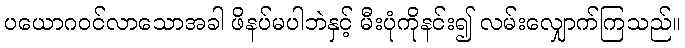
ပယောဂဝင်လာသောအခါ ဖိနပ်မပါဘဲနှင့် မီးပုံကိုနင်း၍ လမ်းလျှောက်ကြသည်။